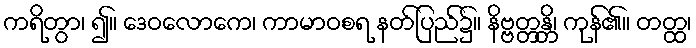
ကရိတွာ၊ ၍။ ဒေဝလောကေ၊ ကာမာဝစရ နတ်ပြည်၌။ နိဗ္ဗတ္တန္တိ၊ ကုန်၏။ တတ္ထ၊